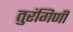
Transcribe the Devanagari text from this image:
तुरंगिणी